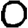
Digit: 0